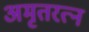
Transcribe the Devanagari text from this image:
अमृतरत्न